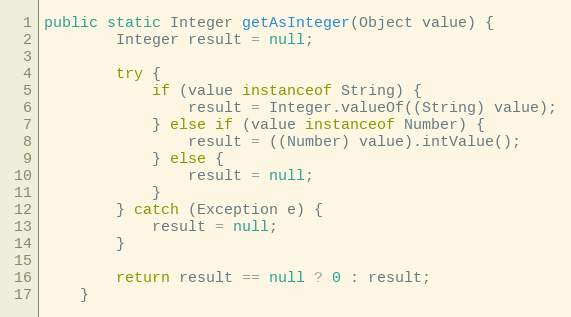
Language: Java
public static Integer getAsInteger(Object value) {
		Integer result = null;

		try {
			if (value instanceof String) {
				result = Integer.valueOf((String) value);
			} else if (value instanceof Number) {
				result = ((Number) value).intValue();
			} else {
				result = null;
			}
		} catch (Exception e) {
			result = null;
		}

		return result == null ? 0 : result;
	}